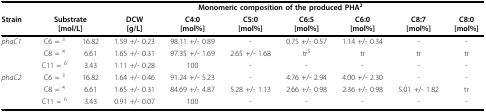
|  |  | <COLSPAN=8> Monomeric composition of the produced PHA2 |
 | Strain | <COLSPAN=2> Substrate[mol/L] | DCW[g/L] | C4:0[mol%] | C5:0[mol%] | C6:5[mol%] | C6:0[mol%] | C8:7[mol%] | C8:0[mol%] |
 | --- | --- | --- | --- | --- | --- | --- | --- | --- | --- |
 | phaC1 | C6 = 3 | 16.82 | 1.59 +/- 0.23 | 98.11 +/- 0.89 | - | 0.75 +/- 0.57 | 1.14 +/- 0.34 | - | - |
 |  | C8 = 4 | 6.61 | 1.65 +/- 0.31 | 97.35 +/- 1.69 | 2.65 +/- 1.68 | tr5 | tr | tr | tr |
 |  | C11 = 6 | 3.43 | 1.11 +/- 0.28 | 100 | - | - | - | - | - |
 | phaC2 | C6 = 3 | 16.82 | 1.64 +/- 0.46 | 91.24 +/- 5.23 | - | 4.76 +/- 2.94 | 4.00 +/- 2.30 | - | - |
 |  | C8 = 4 | 6.61 | 1.65 +/- 0.31 | 84.69 +/- 4.87 | 5.28 +/- 1.13 | 2.66 +/- 0.98 | 2.36 +/- 0.98 | 5.01 +/- 1.82 | tr |
 |  | C11 = 6 | 3.43 | 0.91 +/- 0.07 | 100 | - | - | - | - | - |